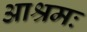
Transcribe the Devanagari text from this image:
आश्रमः